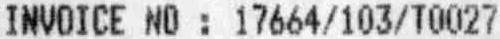
INVOICE NO : 17664/103/T0027